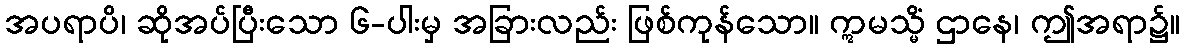
အပရာပိ၊ ဆိုအပ်ပြီးသော ၆-ပါးမှ အခြားလည်း ဖြစ်ကုန်သော။ ဣမသ္မိံ ဌာနေ၊ ဤအရာ၌။